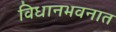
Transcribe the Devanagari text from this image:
विधानभवनात